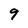
Character: 9